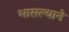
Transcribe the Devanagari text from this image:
भासल्याने